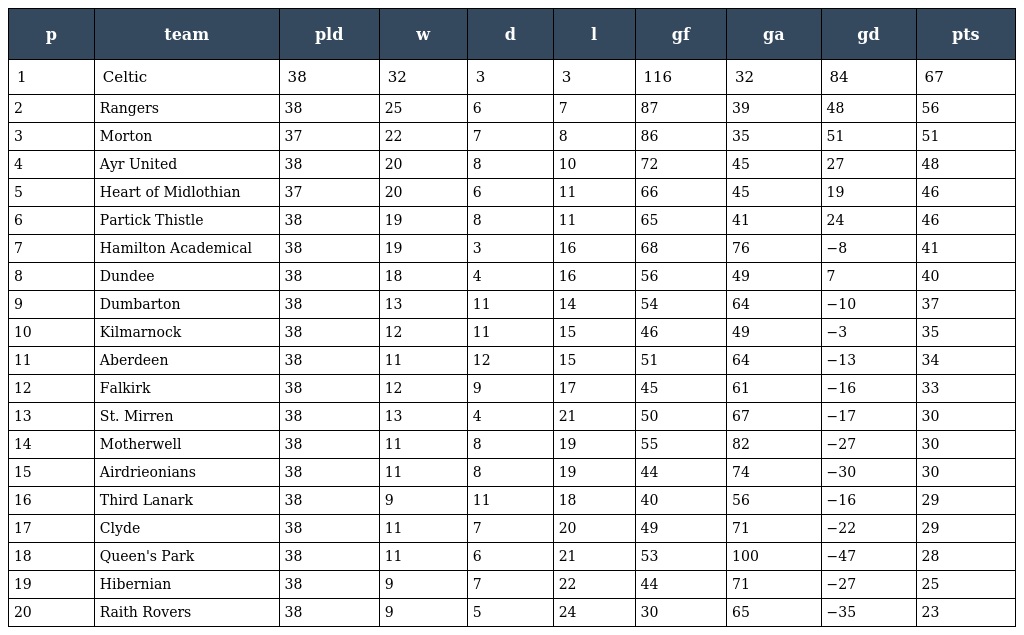
| p | team | pld | w | d | l | gf | ga | gd | pts |
 | --- | --- | --- | --- | --- | --- | --- | --- | --- | --- |
 | 1 | Celtic | 38 | 32 | 3 | 3 | 116 | 32 | 84 | 67 |
 | 2 | Rangers | 38 | 25 | 6 | 7 | 87 | 39 | 48 | 56 |
 | 3 | Morton | 37 | 22 | 7 | 8 | 86 | 35 | 51 | 51 |
 | 4 | Ayr United | 38 | 20 | 8 | 10 | 72 | 45 | 27 | 48 |
 | 5 | Heart of Midlothian | 37 | 20 | 6 | 11 | 66 | 45 | 19 | 46 |
 | 6 | Partick Thistle | 38 | 19 | 8 | 11 | 65 | 41 | 24 | 46 |
 | 7 | Hamilton Academical | 38 | 19 | 3 | 16 | 68 | 76 | −8 | 41 |
 | 8 | Dundee | 38 | 18 | 4 | 16 | 56 | 49 | 7 | 40 |
 | 9 | Dumbarton | 38 | 13 | 11 | 14 | 54 | 64 | −10 | 37 |
 | 10 | Kilmarnock | 38 | 12 | 11 | 15 | 46 | 49 | −3 | 35 |
 | 11 | Aberdeen | 38 | 11 | 12 | 15 | 51 | 64 | −13 | 34 |
 | 12 | Falkirk | 38 | 12 | 9 | 17 | 45 | 61 | −16 | 33 |
 | 13 | St. Mirren | 38 | 13 | 4 | 21 | 50 | 67 | −17 | 30 |
 | 14 | Motherwell | 38 | 11 | 8 | 19 | 55 | 82 | −27 | 30 |
 | 15 | Airdrieonians | 38 | 11 | 8 | 19 | 44 | 74 | −30 | 30 |
 | 16 | Third Lanark | 38 | 9 | 11 | 18 | 40 | 56 | −16 | 29 |
 | 17 | Clyde | 38 | 11 | 7 | 20 | 49 | 71 | −22 | 29 |
 | 18 | Queen's Park | 38 | 11 | 6 | 21 | 53 | 100 | −47 | 28 |
 | 19 | Hibernian | 38 | 9 | 7 | 22 | 44 | 71 | −27 | 25 |
 | 20 | Raith Rovers | 38 | 9 | 5 | 24 | 30 | 65 | −35 | 23 |